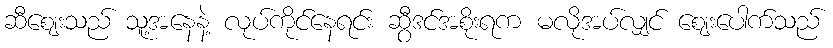
ဆီဈေးသည် သူ့အနေနဲ့ လုပ်ကိုင်နေရင်း ဆွီဒင်အစိုးရက မလိုအပ်လျှင် ဈေးပေါက်သည်